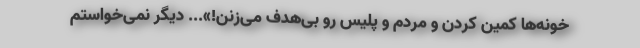
خونه‌ها کمین کردن و مردم و پلیس رو بی‌هدف می‌زنن!»... دیگر نمی‌خواستم